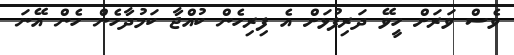
ވެސް ވަރަށް ހީވޭ ދަރިފުޅަށް އެ ފިރިހެން ކުއްޖާ ކަމުދާހެން ހެން އޭނަ